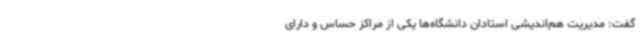
گفت: مدیریت هم‌اندیشی استادان دانشگاه‌ها یکی از مراکز حساس و دارای